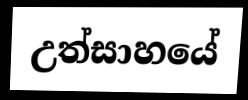
උත්සාහයේ